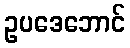
ဥပဒေဘောင်